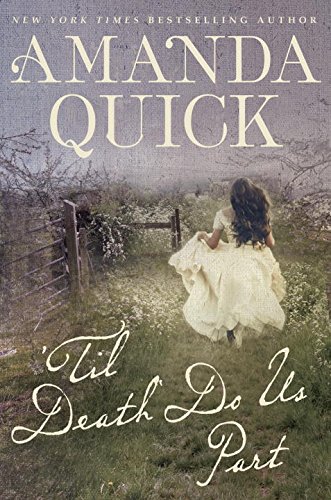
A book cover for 'Til Death Do Us Part; Amanda Quick; Mystery, Thriller & Suspense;